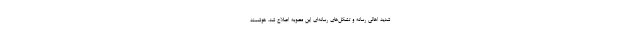
شدید اهالی رسانه و تشکل­‌های رسانه­‌ای این مصوبه اصلاح شد. هوشمند